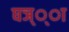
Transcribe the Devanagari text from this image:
घञ््‌ा